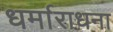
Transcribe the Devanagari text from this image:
धर्माराधना